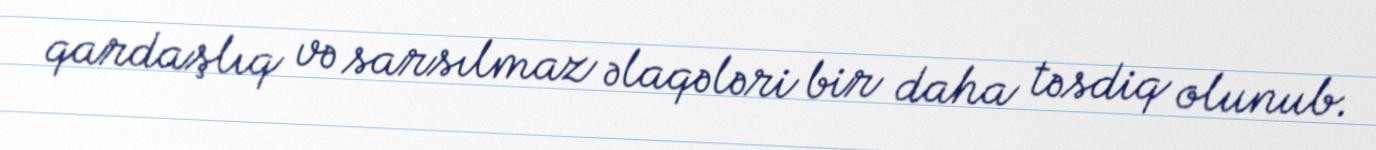
qardaşlıq və sarsılmaz əlaqələri bir daha təsdiq olunub.